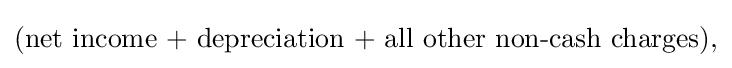
{\mbox{(net income + depreciation + all other non-cash charges),}}